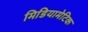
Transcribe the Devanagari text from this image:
मिडियामेटिक